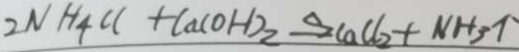
2 N H _ { 4 } C l + C a ( O H ) _ { 2 } \xrightarrow { \Delta } C a C l _ { 2 } + N H _ { 3 } \uparrow